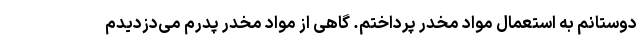
دوستانم به استعمال مواد مخدر پرداختم. گاهی از مواد مخدر پدرم می‌دزدیدم